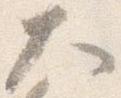
大